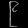
Digit: ၉